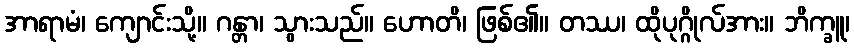
အာရာမံ၊ ကျောင်းသို့။ ဂန္တာ၊ သွားသည်။ ဟောတိ၊ ဖြစ်၏။ တဿ၊ ထိုပုဂ္ဂိုလ်အား။ ဘိက္ခူ၊